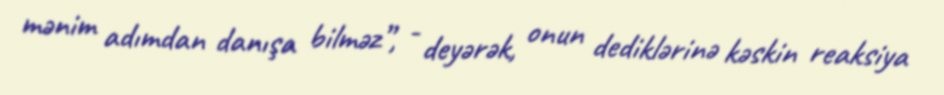
mənim adımdan danışa bilməz”, - deyərək, onun dediklərinə kəskin reaksiya